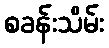
စခန်းသိမ်း